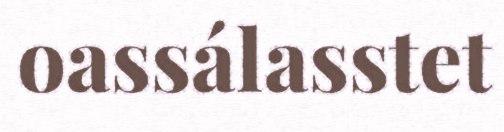
oassálasstet